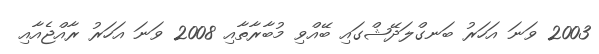
2003 ވަނަ އަހަރު ބަނގްލަދޭޝްގައި ބޭއްވި މުބާރާތާއި 2008 ވަނަ އަހަރު ރާއްޖެއާއި